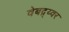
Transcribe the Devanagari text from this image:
वेबद्र्य्वर